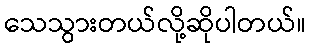
သေသွားတယ်လို့ဆိုပါတယ်။